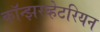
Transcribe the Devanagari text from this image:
कॉन्झरव्हेटरियन